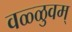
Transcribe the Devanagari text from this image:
वळ्ळुवम्